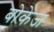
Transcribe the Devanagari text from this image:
बोकेज